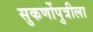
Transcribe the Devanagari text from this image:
सुकर्णोपुत्रीला